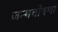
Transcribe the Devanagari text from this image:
जन्मघोषणा